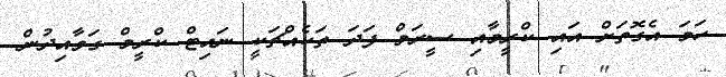
ހަމަ އެގޮތަށް އައި ކްރީމާއި ސީރަމް ފަދަ ތަކެއްޗަކީ ނައިޓް ކްރީމް ގަވާއިދުން